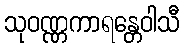
သုဝဏ္ဏကာရန္တေဝါသီ